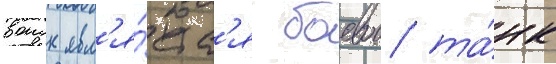
воиск явл'я́етс'я боевои та́нк